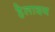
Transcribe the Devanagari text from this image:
हेलादय